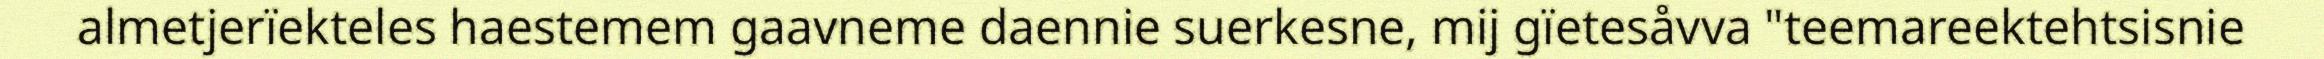
almetjerïekteles haestemem gaavneme daennie suerkesne, mij gïetesåvva "teemareektehtsisnie